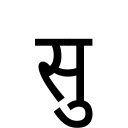
OCR:
सु